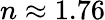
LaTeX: n\approx 1.76